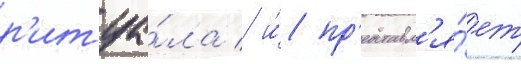
р'итуа́ла / и́ пр'едставл'я́ет